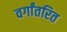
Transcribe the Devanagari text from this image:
वर्गांतरित